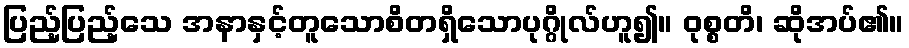
ပြည့်ပြည့်သေ အနာနှင့်တူသောစိတရှိသောပုဂ္ဂိုလ်ဟူ၍။ ဝုစ္စတိ၊ ဆိုအပ်၏။